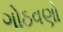
ગોઠવણો